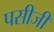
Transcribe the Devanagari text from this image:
पसीजी